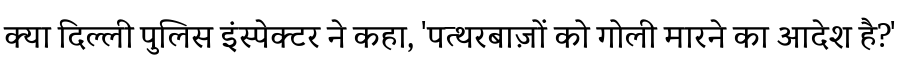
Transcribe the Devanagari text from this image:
क्या दिल्ली पुलिस इंस्पेक्टर ने कहा, 'पत्थरबाज़ों को गोली मारने का आदेश है?'